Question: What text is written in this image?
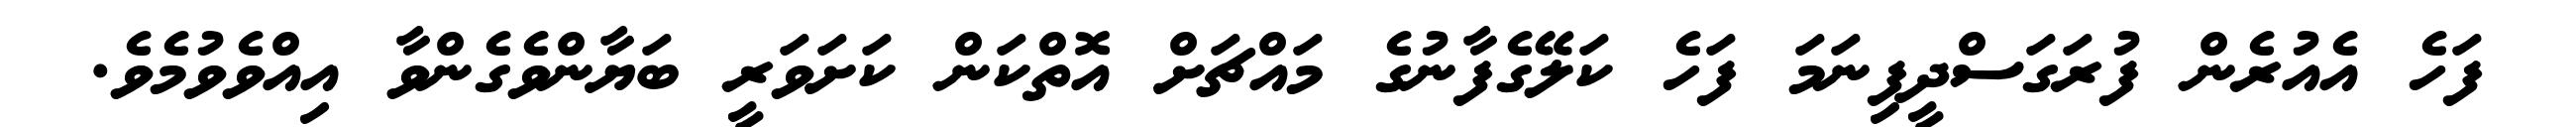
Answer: ފަހެ އެއުރެން ފުރަގަސްދީފިނަމަ ފަހެ ކަލޭގެފާނުގެ މައްޗަށް އޮތްކަން ކަށަވަރީ ބަޔާންވެގެންވާ އިއްވެވުމެވެ.